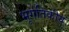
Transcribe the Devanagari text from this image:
भूगतिकीय